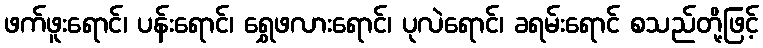
ဖက်ဖူးရောင်၊ ပန်းရောင်၊ ရွှေဖလားရောင်၊ ပုလဲရောင်၊ ခရမ်းရောင် စသည်တို့ဖြင့်